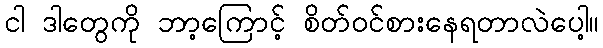
ငါ ဒါတွေကို ဘာ့ကြောင့် စိတ်ဝင်စားနေရတာလဲပေါ့။